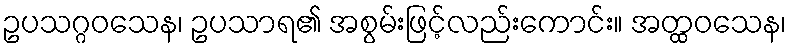
ဥပသဂ္ဂဝသေန၊ ဥပသာရ၏ အစွမ်းဖြင့်လည်းကောင်း။ အတ္ထဝသေန၊